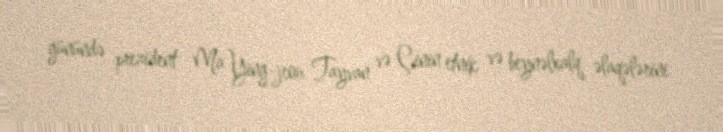
günündə prezident Ma Ying-jeou Tayvan və Çinin etnik və beynəlxalq əlaqələrini